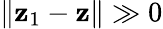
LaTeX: \| {\mathbf z}_{1}-{\mathbf z}\| \gg 0